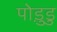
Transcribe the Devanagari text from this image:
पोड़ुडु